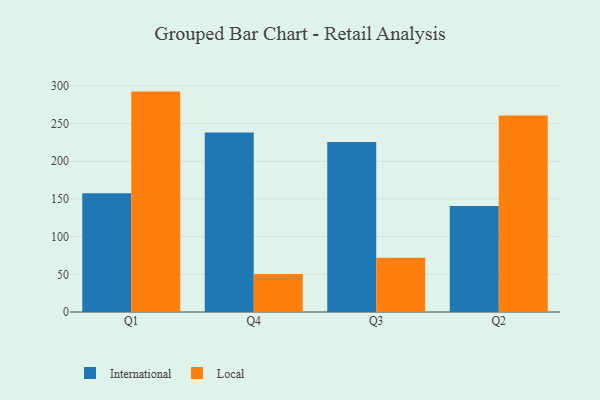
{"axis": {"x": "Quarter", "y": "Conversion Rate (%)"}, "legend": ["International", "Local"], "data": [{"x": "Q1", "y": 157.7, "type": "International"}, {"x": "Q1", "y": 292.4, "type": "Local"}, {"x": "Q4", "y": 238.3, "type": "International"}, {"x": "Q4", "y": 50.4, "type": "Local"}, {"x": "Q3", "y": 225.4, "type": "International"}, {"x": "Q3", "y": 71.9, "type": "Local"}, {"x": "Q2", "y": 140.6, "type": "International"}, {"x": "Q2", "y": 260.6, "type": "Local"}]}